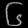
Digit: ၆